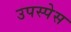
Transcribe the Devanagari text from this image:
उपस्पेस